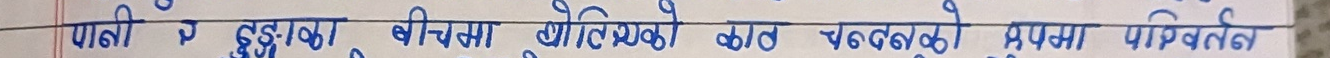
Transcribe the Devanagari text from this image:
पानी रे इडिका बीचमा द्वैतियको काल चक्रको रूपमा परिभाषित